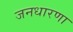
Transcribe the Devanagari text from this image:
जनधारणा